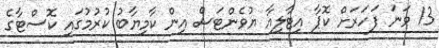
13 ވަނަ ފަހަރަށް ކޮޕާ އިޓާލިއާ ޔުވެންޓަސް އިން ކާމިޔާބު ކުރުމުގައި ކޮސްޓާގެ